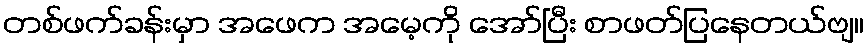
တစ်ဖက်ခန်းမှာ အဖေက အမေ့ကို အော်ပြီး စာဖတ်ပြနေတယ်ဗျ။